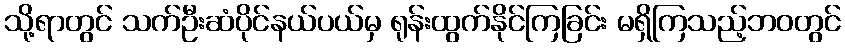
သို့ရာတွင် သက်ဦးဆံပိုင်နယ်ပယ်မှ ရုန်းထွက်နိုင်ကြခြင်း မရှိကြသည့်ဘဝတွင်